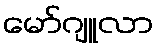
မော်ဂျူလာ